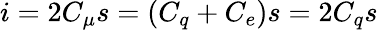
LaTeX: i=2C_{\mu}s=(C_{q}+C_{e})s=2C_{q}s